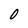
Character: O